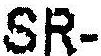
SR-